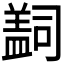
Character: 𰥄